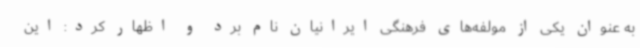
به عنوان یکی از مولفه‌های فرهنگی ایرانیان نام برد و اظهار کرد: این